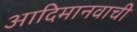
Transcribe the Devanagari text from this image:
आदिमानवाची